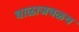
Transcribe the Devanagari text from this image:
बाळाजवळच